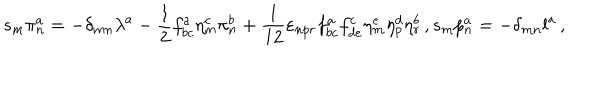
LaTeX: s _ { m } \pi _ { n } ^ { a } = - \delta _ { m n } \lambda ^ { a } - \frac { 1 } { 2 } f _ { b c } ^ { a } \eta _ { m } ^ { c } \pi _ { n } ^ { b } + \frac { 1 } { 1 2 } \varepsilon _ { n p r } f _ { b c } ^ { a } f _ { d e } ^ { c } \eta _ { m } ^ { e } \eta _ { p } ^ { d } \eta _ { r } ^ { b } \, , s _ { m } p _ { n } ^ { a } = - \delta _ { m n } l ^ { a } \, ,